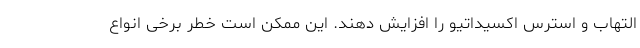
التهاب و استرس اکسیداتیو را افزایش دهند. این ممکن است خطر برخی انواع